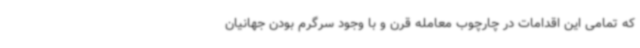
که تمامی این اقدامات در چارچوب معامله قرن و با وجود سرگرم بودن جهانیان